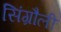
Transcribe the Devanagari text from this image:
सिंग्रौली